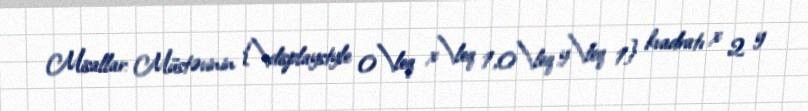
Misallar: Müstəvinin {\displaystyle 0\leq x\leq 1,0\leq y\leq 1} kvadratı x 2 y